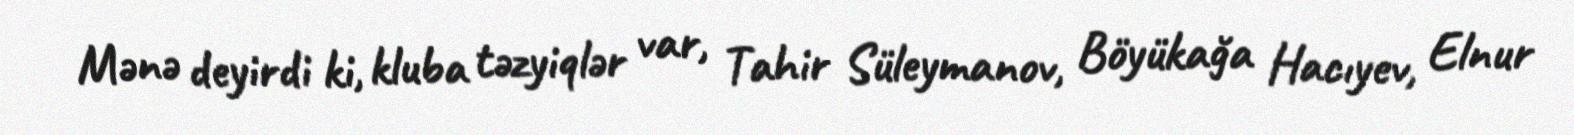
Mənə deyirdi ki, kluba təzyiqlər var, Tahir Süleymanov, Böyükağa Hacıyev, Elnur